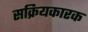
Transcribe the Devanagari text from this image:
सक्रियकारक